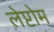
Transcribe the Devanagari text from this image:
लेप्टोम